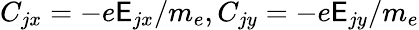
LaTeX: C_{jx}=-e\mathsf{E}_{jx}/m_{e},C_{jy}=-e\mathsf{E}_{jy}/m_{e}